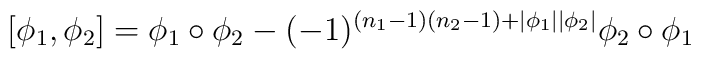
[\phi_1,\phi_2] = \phi_1\circ\phi_2 -(-1)^{(n_1-1)(n_2-1)+|\phi_1||\phi_2|}\phi_2\circ\phi_1